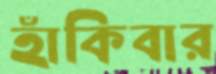
হাঁকিবার